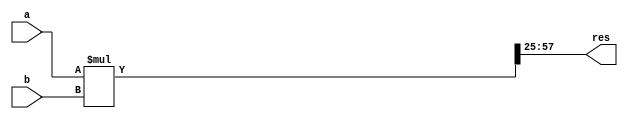
/**
 * Simple fixed point multiplicator.
 * Written by Christian Svensson <blue@cmd.nu> 2011
 */
 
module fixp_mult(a,b,res);
	
	parameter scale = 25; // Scale in base 2
	parameter width = 32; // Width in bits
	
	input signed [width:0] a;
	input signed [width:0] b;
	
	output signed [width:0] res;
	
	wire signed [width*2:0] ab;
	assign ab = a*b;
	
	assign res = ab[width+scale:scale];
		
endmodule